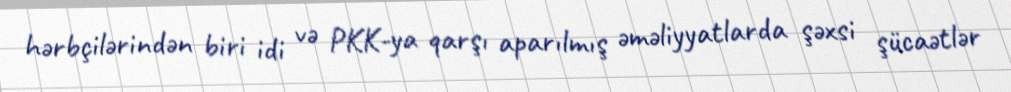
hərbçilərindən biri idi və PKK-ya qarşı aparılmış əməliyyatlarda şəxsi şücaətlər